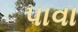
પાવા